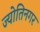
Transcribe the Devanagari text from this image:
ज्योतिनगर